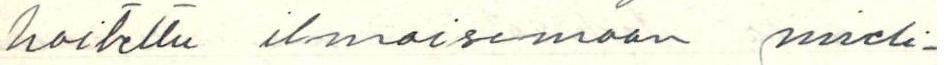
hoitettu ilmaisemaan mieli-